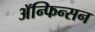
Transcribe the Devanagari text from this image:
ॲन्फिन्सन